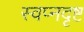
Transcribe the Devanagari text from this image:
स्वप्नदृष्ट